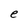
Character: e